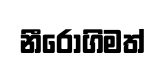
නීරෝගිමත්